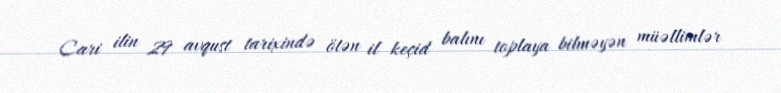
Cari ilin 29 avqust tarixində ötən il keçid balını toplaya bilməyən müəllimlər